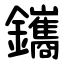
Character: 鑴